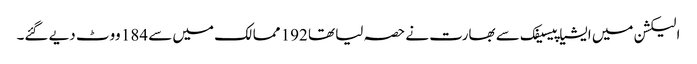
الیکشن میں ایشیا پیسیفک سے بھارت نے حصہ لیا تھا 192 ممالک میں سے 184 ووٹ دیے گئے۔